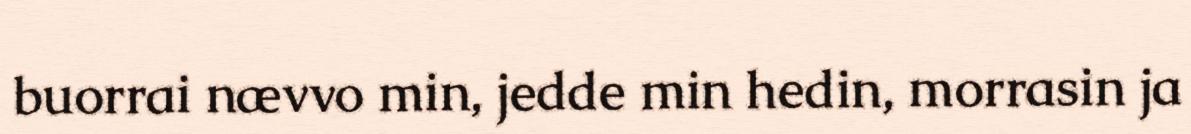
buorrai nævvo min, jedde min hedin, morrasin ja